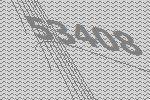
53408